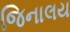
જિનાલય